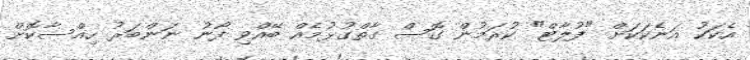
އެކަކު އަނެކަކަށް "ފުލާޓް" ކުރަމުން ގޮސް ގާތްގުޅުމެއް ބޭއްވި ފޯނު ނަންބަރު ހިއްސާކޮށް